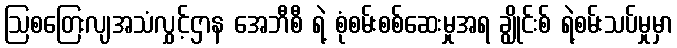
ဩစတြေးလျအသံလွှင့်ဌာန အေဘီစီ ရဲ့ စုံစမ်းစစ်ဆေးမှုအရ ချွိုင်းစ် ရဲ့စမ်းသပ်မှုမှာ